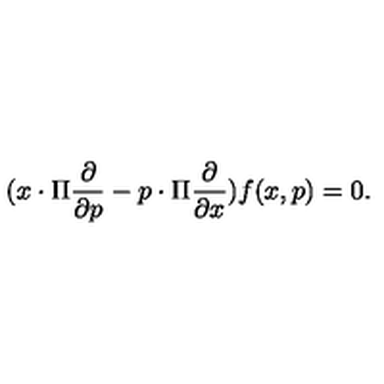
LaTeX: ( x \cdot \Pi \frac { \partial } { \partial p } - p \cdot \Pi \frac { \partial } { \partial x } ) f ( x , p ) = 0 .